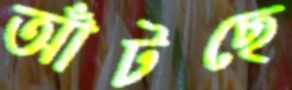
আঁটছে